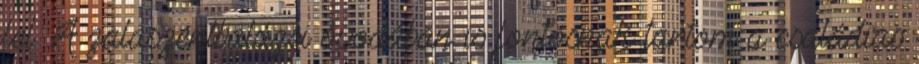
fel. A zalaszentbalázsi óvodában is fontosnak tartom a családias